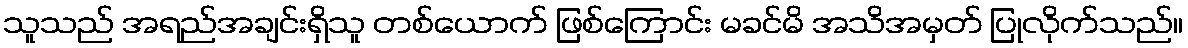
သူသည် အရည်အချင်းရှိသူ တစ်ယောက် ဖြစ်ကြောင်း မခင်မိ အသိအမှတ် ပြုလိုက်သည်။